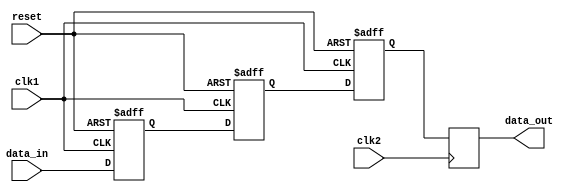
module three_flop_synchronizer (
    input wire clk1,
    input wire clk2,
    input wire reset,
    input wire data_in,
    output reg data_out
);

reg [2:0] flop1, flop2, flop3;

always @(posedge clk1 or posedge reset) begin
    if (reset) begin
        flop1 <= 1'b0;
        flop2 <= 1'b0;
        flop3 <= 1'b0;
    end else begin
        flop1 <= data_in;
        flop2 <= flop1;
        flop3 <= flop2;
    end
end

always @(posedge clk2) begin
    data_out <= flop3;
end

endmodule